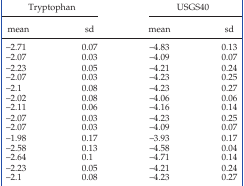
| <COLSPAN=2> Tryptophan | <COLSPAN=2> USGS40 |
 | mean | sd | mean | sd |
 | --- | --- | --- | --- |
 | –2.71 | 0.07 | –4.83 | 0.13 |
 | –2.07 | 0.03 | –4.09 | 0.07 |
 | –2.23 | 0.05 | –4.21 | 0.24 |
 | –2.07 | 0.03 | –4.23 | 0.25 |
 | –2.1 | 0.08 | –4.23 | 0.27 |
 | –2.02 | 0.08 | –4.06 | 0.06 |
 | –2.11 | 0.06 | –4.16 | 0.14 |
 | –2.07 | 0.03 | –4.23 | 0.25 |
 | –2.07 | 0.03 | –4.09 | 0.07 |
 | –1.98 | 0.17 | –3.93 | 0.17 |
 | –2.58 | 0.13 | –4.58 | 0.04 |
 | –2.64 | 0.1 | –4.71 | 0.14 |
 | –2.23 | 0.05 | –4.21 | 0.24 |
 | –2.1 | 0.08 | –4.23 | 0.27 |